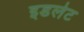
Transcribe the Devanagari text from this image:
इडलेट